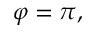
\varphi = \pi ,